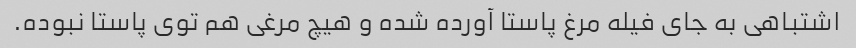
اشتباهی به جای فیله مرغ پاستا آورده شده و هیچ مرغی هم توی پاستا نبوده.